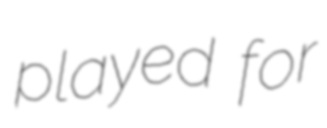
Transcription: played for